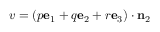
v = ( p \mathbf { e } _ { 1 } + q \mathbf { e } _ { 2 } + r \mathbf { e } _ { 3 } ) \cdot \mathbf { n } _ { 2 }